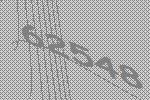
62548